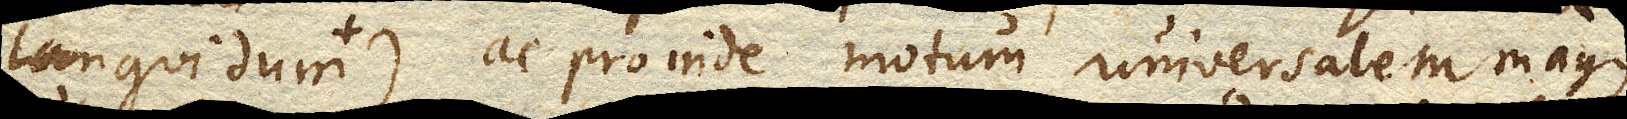
turbantia cogit ad locum ubi motus universalis facilius